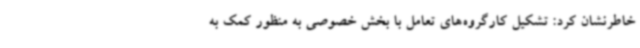
خاطرنشان کرد: تشکیل کارگروه‌های تعامل با بخش خصوصی به منظور کمک به